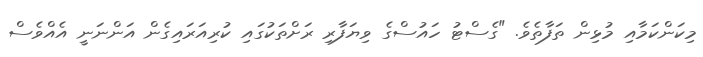
މިކަންކަމާއި މުޅިން ތަފާތެވެ. "ގެސްޓު ހައުސްގެ ވިޔަފާރި ރަށްތަކުގައި ކުރިއަރައިގެން އަންނަނީ އެއްވެސް